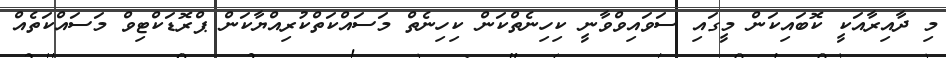
މި ދާއިރާއަކީ ކޮބައިކަން މީގައި ސަވައިވްވާނީ ކިހިނެތްކަން ކިހިނެތް މަސައްކަތްކުރިއްޔާކަން ޕްރޮޑަކްޓިވް މަސައްކަތެއް